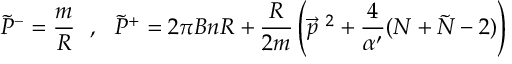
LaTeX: \tilde { P } ^ { - } = \frac { m } { R } ~ ~ , ~ ~ \tilde { P } ^ { + } = 2 \pi B n R + \frac { R } { 2 m } \left( \vec { p } ^ { ~ 2 } + \frac { 4 } { \alpha ^ { \prime } } ( N + \tilde { N } - 2 ) \right)